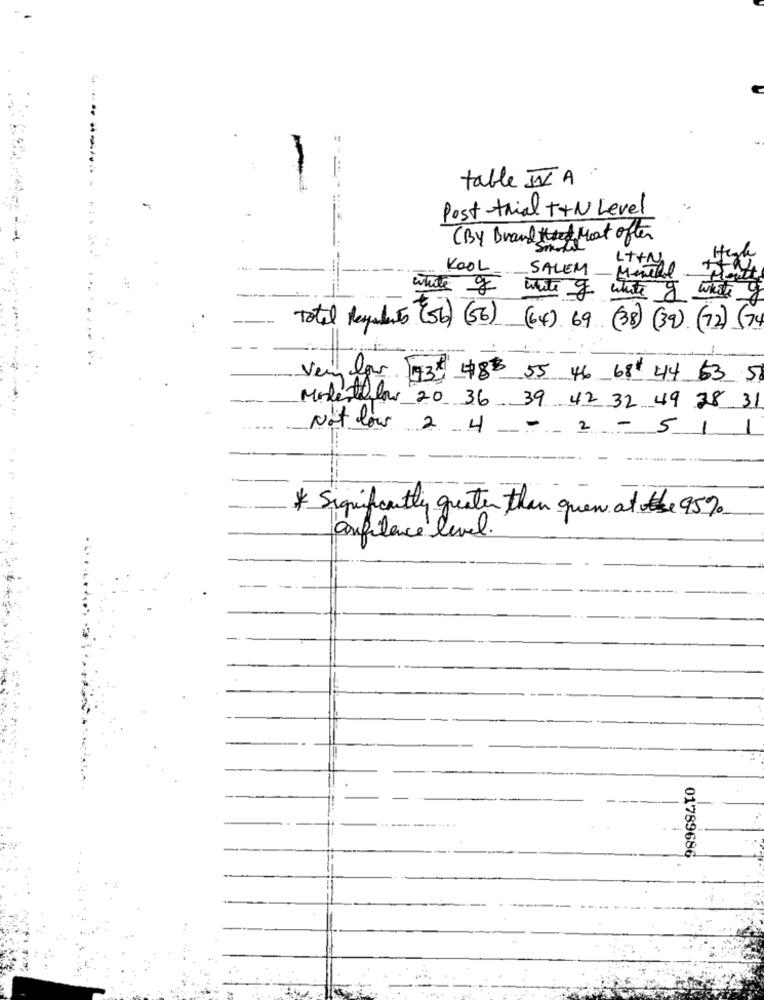
table IVA
Post-trial ++N Level
(BY Brand Most often
High
KOOL SALEM
Lt+N
white of white of
white of white g
Total Regulates (56) (56) (64) 69 (38) (39) (72) (74
Very lar
93 488 55 46 68 44 53 58
Modestylow 20 36 39 42 32 49 38 31
Not low 2 4 - 2 - 51
1
* Significantly greater than quen atothe 95%
confidence level.
-----...
01789686